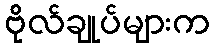
ဗိုလ်ချုပ်များက